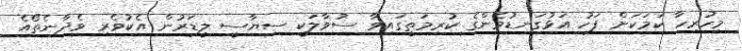
މިހުރިހާ ކަމަކަށް ފަހު އަޅުގަނޑުމެންގެ ކުރިމަތީގައިވާ ސުވާލަކީ ސިޔާސީ ލީޑަރުން އެކުވެރި ވެދާނެތޯއެ